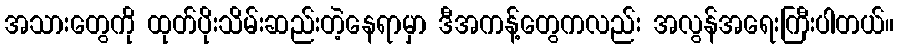
အသားတွေကို ထုတ်ပိုးသိမ်းဆည်းတဲ့နေရာမှာ ဒီအကန့်တွေကလည်း အလွန်အရေးကြီးပါတယ်။